Scottish assistants in French and German schools and colleges, 1937
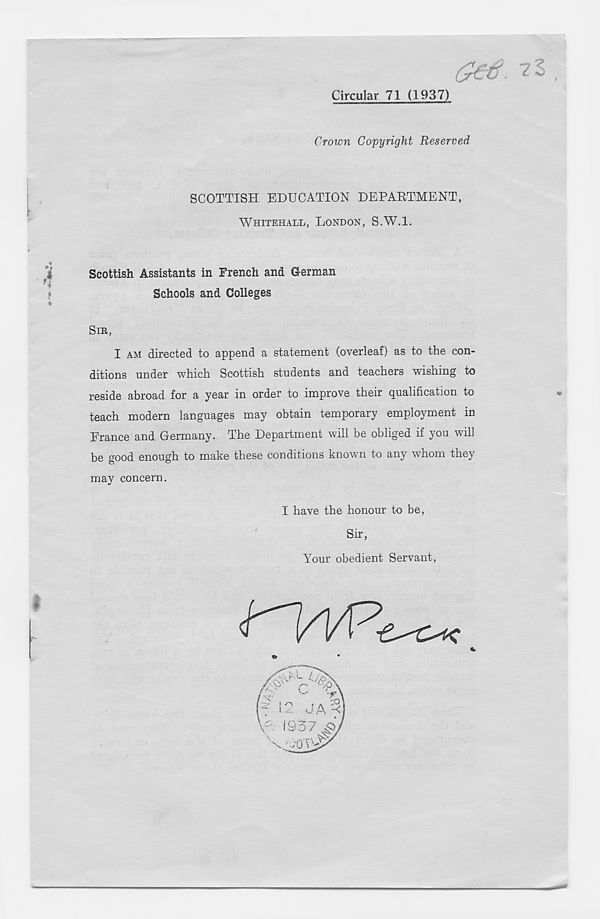
Circular 71 (1937)
Crown Copyright Reserved
SCOTTISH EDUCATION DEPARTMENT,
WHITEHALL, LONDON, S.W.l.
«
J
Scottish Assistants in French and German
f i
Schools and Colleges
*
SIR,
I AM directed to append a statement (overleaf) as to the con-
ditions under which Scottish students and teachers wishing to
reside abroad for a year in order to improve their qualification to
teach modern languages may obtain temporary employment in
France and Germany. The Department will be obliged if you will
be good enough to make these conditions known to any whom they
may concern.
I have the honour to be,
Sir,
Your obedient Servant,
*
»
*